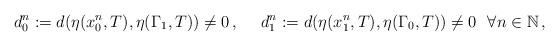
LaTeX: \begin{align*}d_0^n:= d(\eta(x_0^n,T),\eta(\Gamma_1,T))\ne 0\,,\ \ \ \ d_1^n:= d(\eta(x_1^n,T),\eta(\Gamma_0,T))\ne 0 \ \ \forall n \in \mathbb{N} \,,\end{align*}